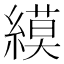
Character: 縸